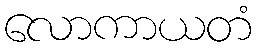
လောကာယတံ